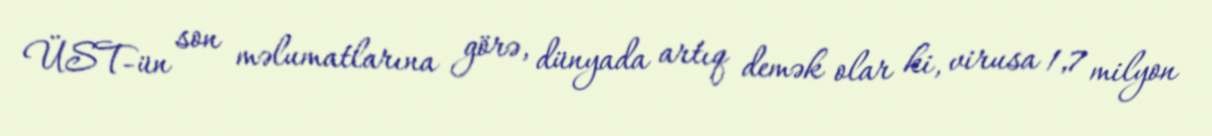
ÜST-ün son məlumatlarına görə, dünyada artıq demək olar ki, virusa 1,7 milyon